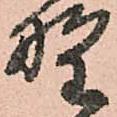
野